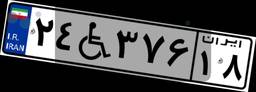
۱۱W۵۷۸۴۳